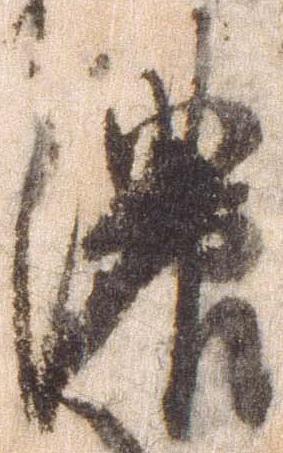
濃